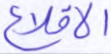
الاقلاع